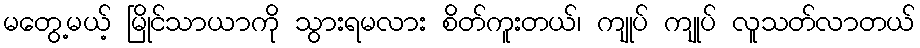
မတွေ့မယ့် မြိုင်သာယာကို သွားရမလား စိတ်ကူးတယ်၊ ကျုပ် ကျုပ် လူသတ်လာတယ်